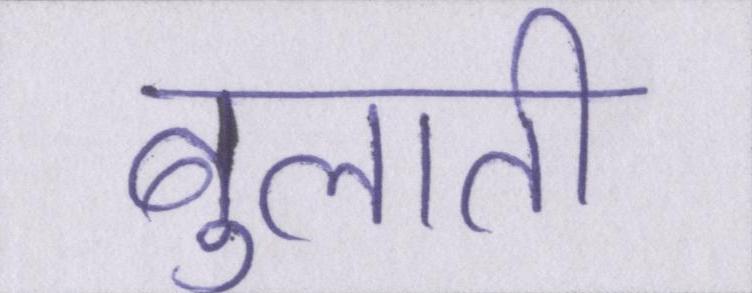
बुलाती